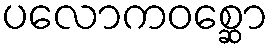
ပလောကဝစ္ဆော